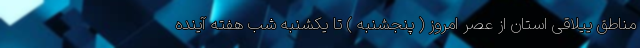
مناطق ییلاقی استان از عصر امروز ( پنجشنبه ) تا یکشنبه شب هفته آینده